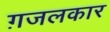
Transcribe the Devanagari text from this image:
ग़जलकार